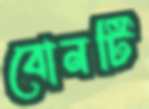
বোনটি